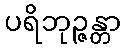
ပရိဘုဉ္ဇန္တာ